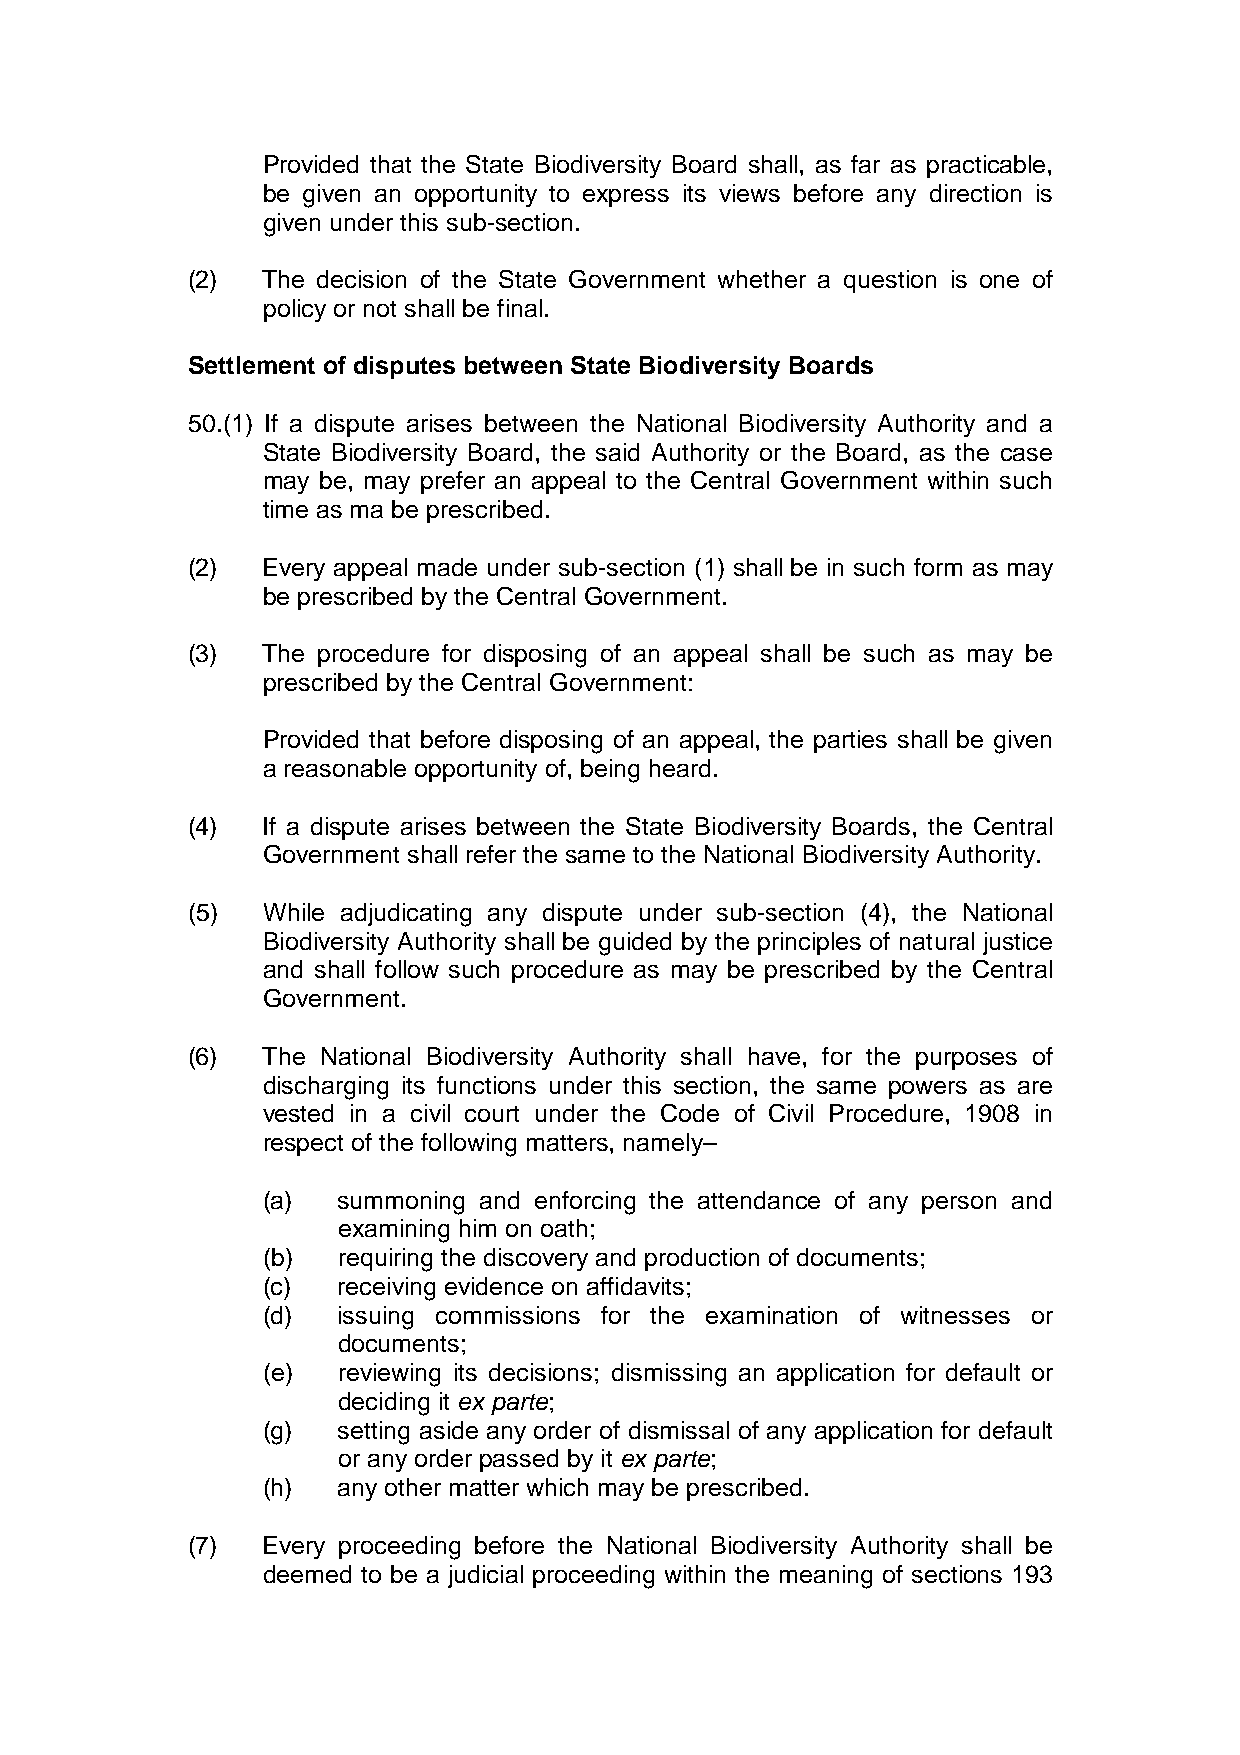
Provided that the State Biodiversity Board shall, as far as practicable,
 be given an opportunity to express its views before any direction is
 given under this sub-section.
 (2)  The decision of the State Government whether a question is one of
 policy or not shall be final.
 Settlement of disputes between State Biodiversity Boards
 50.(1) If a dispute arises between the National Biodiversity Authority and a
 State Biodiversity Board, the said Authority or the Board, as the case
 may be, may prefer an appeal to the Central Government within such
 time as ma be prescribed.
 (2)  Every appeal made under sub-section (1) shall be in such form as may
 be prescribed by the Central Government.
 (3)  The procedure for disposing of an appeal shall be such as may be
 prescribed by the Central Government:
 Provided that before disposing of an appeal, the parties shall be given
 a reasonable opportunity of, being heard.
 (4)  If a dispute arises between the State Biodiversity Boards, the Central
 Government shall refer the same to the National Biodiversity Authority.
 (5)  While adjudicating any dispute under sub-section (4), the National
 Biodiversity Authority shall be guided by the principles of natural justice
 and shall follow such procedure as may be prescribed by the Central
 Government.
 (6)  The National Biodiversity Authority shall have, for the purposes of
 discharging its functions under this section, the same powers as are
 vested in a civil court under the Code of Civil Procedure, 1908 in
 respect of the following matters, namely–
 (a)  summoning and enforcing the attendance of any person and
 examining him on oath;
 (b)  requiring the discovery and production of documents;
 (c)  receiving evidence on affidavits;
 (d)  issuing commissions for the examination of witnesses or
 documents;
 (e)  reviewing its decisions; dismissing an application for default or
 deciding it ex parte;
 (g)  setting aside any order of dismissal of any application for default
 or any order passed by it ex parte;
 (h)  any other matter which may be prescribed.
 (7)  Every proceeding before the National Biodiversity Authority shall be
 deemed to be a judicial proceeding within the meaning of sections 193